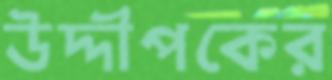
উদ্দীপকের